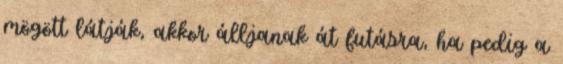
mögött látják, akkor álljanak át futásra, ha pedig a